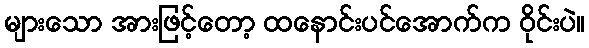
များသော အားဖြင့်တော့ ထနောင်းပင်အောက်က ဝိုင်းပဲ။